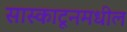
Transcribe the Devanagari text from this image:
सास्काटूनमधील